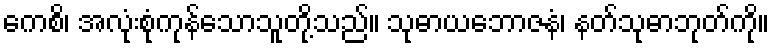
ကေစိ၊ အလုံးစုံကုန်သောသူတို့သည်။ သုဓာယဘောဇနံ၊ နတ်သုဓာဘုတ်ကို။